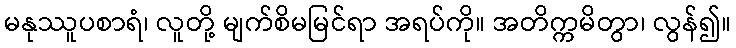
မနုဿူပစာရံ၊ လူတို့ မျက်စိမမြင်ရာ အရပ်ကို။ အတိက္ကမိတွာ၊ လွန်၍။